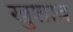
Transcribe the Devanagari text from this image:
खुशाब